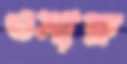
ওমারু